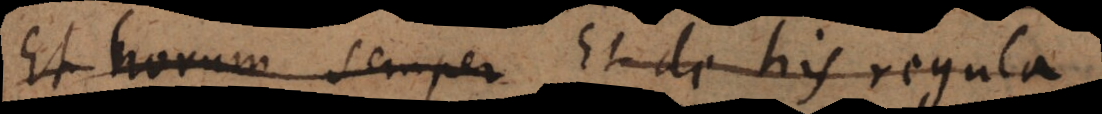
Et horum semper Et de his regula